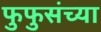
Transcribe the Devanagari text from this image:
फुफुसंच्या